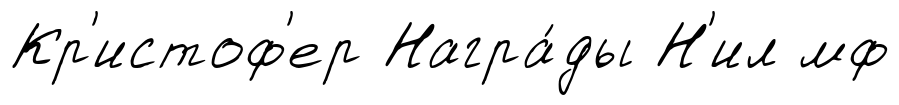
Кр'истоф'ер Награ́ды Н'ил мф